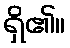
ရှိ၏။